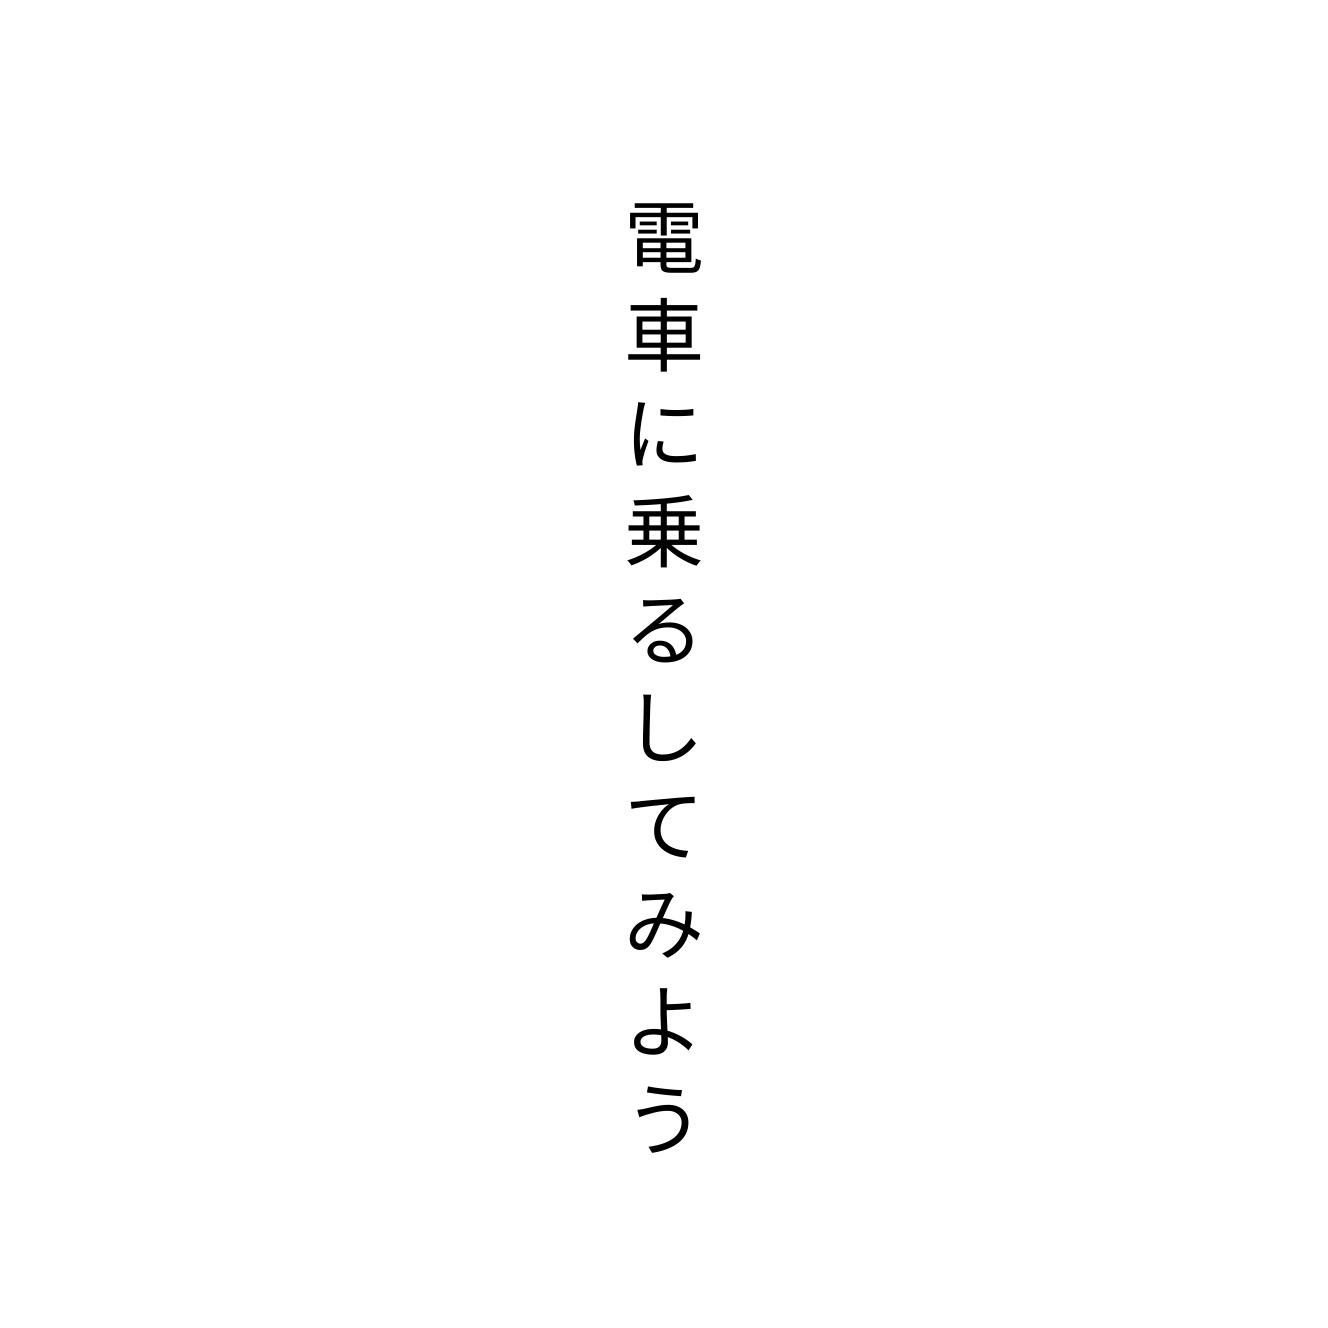
電車に乗るしてみよう